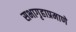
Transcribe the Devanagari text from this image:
सभागृहाप्रमाणे